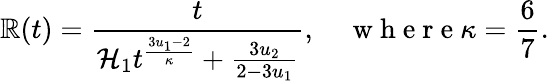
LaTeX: \mathbb{R}(t)=\frac{{t}}{{\mathcal{{H}}_{1}t^{\frac{{3u_{1}-2}}{{\kappa}}}+\frac{{3u_{2}}}{{2-3u_{1}}}}},\quad\mathrm{{~w~h~e~r~e~}}\kappa=\frac{{6}}{{7}}.